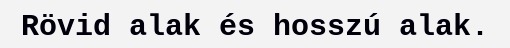
Rövid alak és hosszú alak.